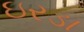
ઇરડા